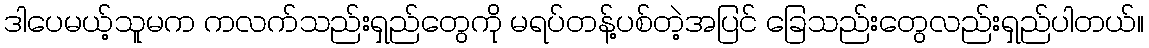
ဒါပေမယ့်သူမက ကလက်သည်းရှည်တွေကို မရပ်တန့်ပစ်တဲ့အပြင် ခြေသည်းတွေလည်းရှည်ပါတယ်။